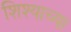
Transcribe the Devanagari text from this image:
शिश्याच्या